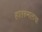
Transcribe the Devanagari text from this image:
हातरुमालाचा